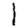
Digit: 1